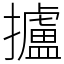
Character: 攎